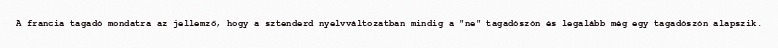
A francia tagadó mondatra az jellemző, hogy a sztenderd nyelvváltozatban mindig a "ne" tagadószón és legalább még egy tagadószón alapszik.